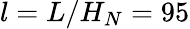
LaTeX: l=L/H_{N}=95